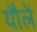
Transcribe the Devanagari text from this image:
यौलें